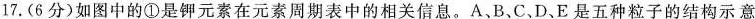
17.(6分)如图中的①是钾元素在元素周期表中的相关信息。A、B、C.D、E是五种粒子的结构示意